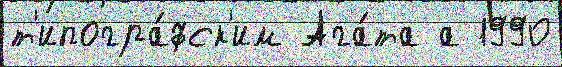
т'ипогра́фск'им Ага́та а 1990